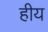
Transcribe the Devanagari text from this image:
हीय